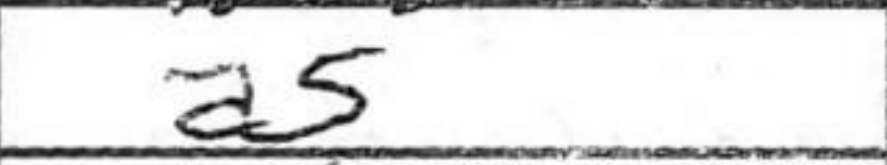
Transcription: a5